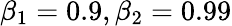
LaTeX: \beta_{1}=0.9,\beta_{2}=0.99